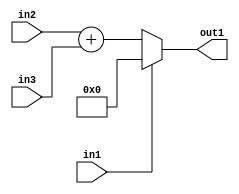
`timescale 1ps / 1ps
/*****************************************************************************
    Verilog RTL Description
    
    
    Created by: Stratus DpOpt 21.05.01 
*******************************************************************************/

module dut_entirecomputation_alt5_0 (
	in1,
	in2,
	in3,
	out1
	); /* architecture "behavioural" */ 
input  in1,
	in2;
input [3:0] in3;
output [4:0] out1;
wire [4:0] asc001,
	asc002;

assign asc002 = 
	+(in2)
	+(in3);

reg [4:0] asc001_tmp_0;
assign asc001 = asc001_tmp_0;
always @ (in1 or asc002) begin
	case (in1)
		1'B1 : asc001_tmp_0 = 5'B00000 ;
		default : asc001_tmp_0 = asc002 ;
	endcase
end

assign out1 = asc001;
endmodule

/* CADENCE  uLn2Tgg= : u9/ySxbfrwZIxEzHVQQV8Q== ** DO NOT EDIT THIS LINE ******/